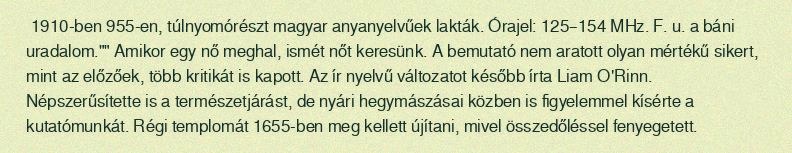
1910-ben 955-en, túlnyomórészt magyar anyanyelvűek lakták. Órajel: 125–154 MHz. F. u. a báni uradalom."" Amikor egy nő meghal, ismét nőt keresünk. A bemutató nem aratott olyan mértékű sikert, mint az előzőek, több kritikát is kapott. Az ír nyelvű változatot később írta Liam O'Rinn. Népszerűsítette is a természetjárást, de nyári hegymászásai közben is figyelemmel kísérte a kutatómunkát. Régi templomát 1655-ben meg kellett újítani, mivel összedőléssel fenyegetett.